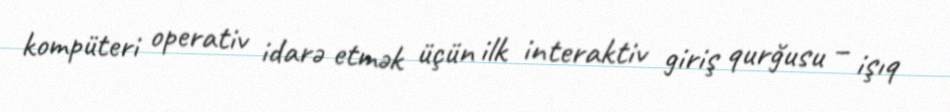
kompüteri operativ idarə etmək üçün ilk interaktiv giriş qurğusu – işıq